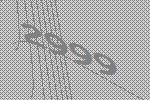
2999